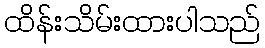
ထိန်းသိမ်းထားပါသည်